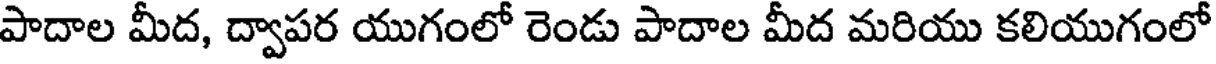
పాదాల మీద, ద్వాపర యుగంలో రెండు పాదాల మీద మరియు కలియుగంలో